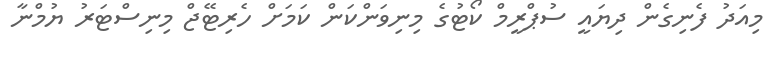
މިއަދު ފެނިގެން ދިޔައީ ސުޕްރީމް ކޯޓުގެ މިނިވަންކަން ކަމަށް ހެރިޓޭޖް މިނިސްޓަރު ޔުމްނާ